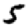
Digit: 5